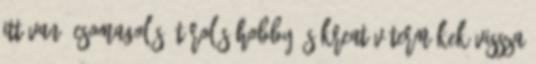
itt van: Csomagolás, tárolás Hobby és kreatív termékek Vissza